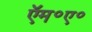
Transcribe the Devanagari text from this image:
ऍम॰ए॰